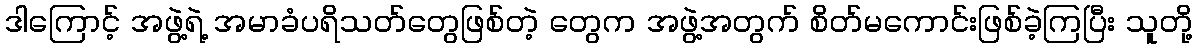
ဒါကြောင့် အဖွဲ့ရဲ့ အမာခံပရိသတ်တွေဖြစ်တဲ့ တွေက အဖွဲ့အတွက် စိတ်မကောင်းဖြစ်ခဲ့ကြပြီး သူတို့